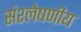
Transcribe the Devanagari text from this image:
संश्लेषणीय